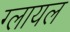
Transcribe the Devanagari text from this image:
ग्लायल